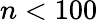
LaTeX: n<100